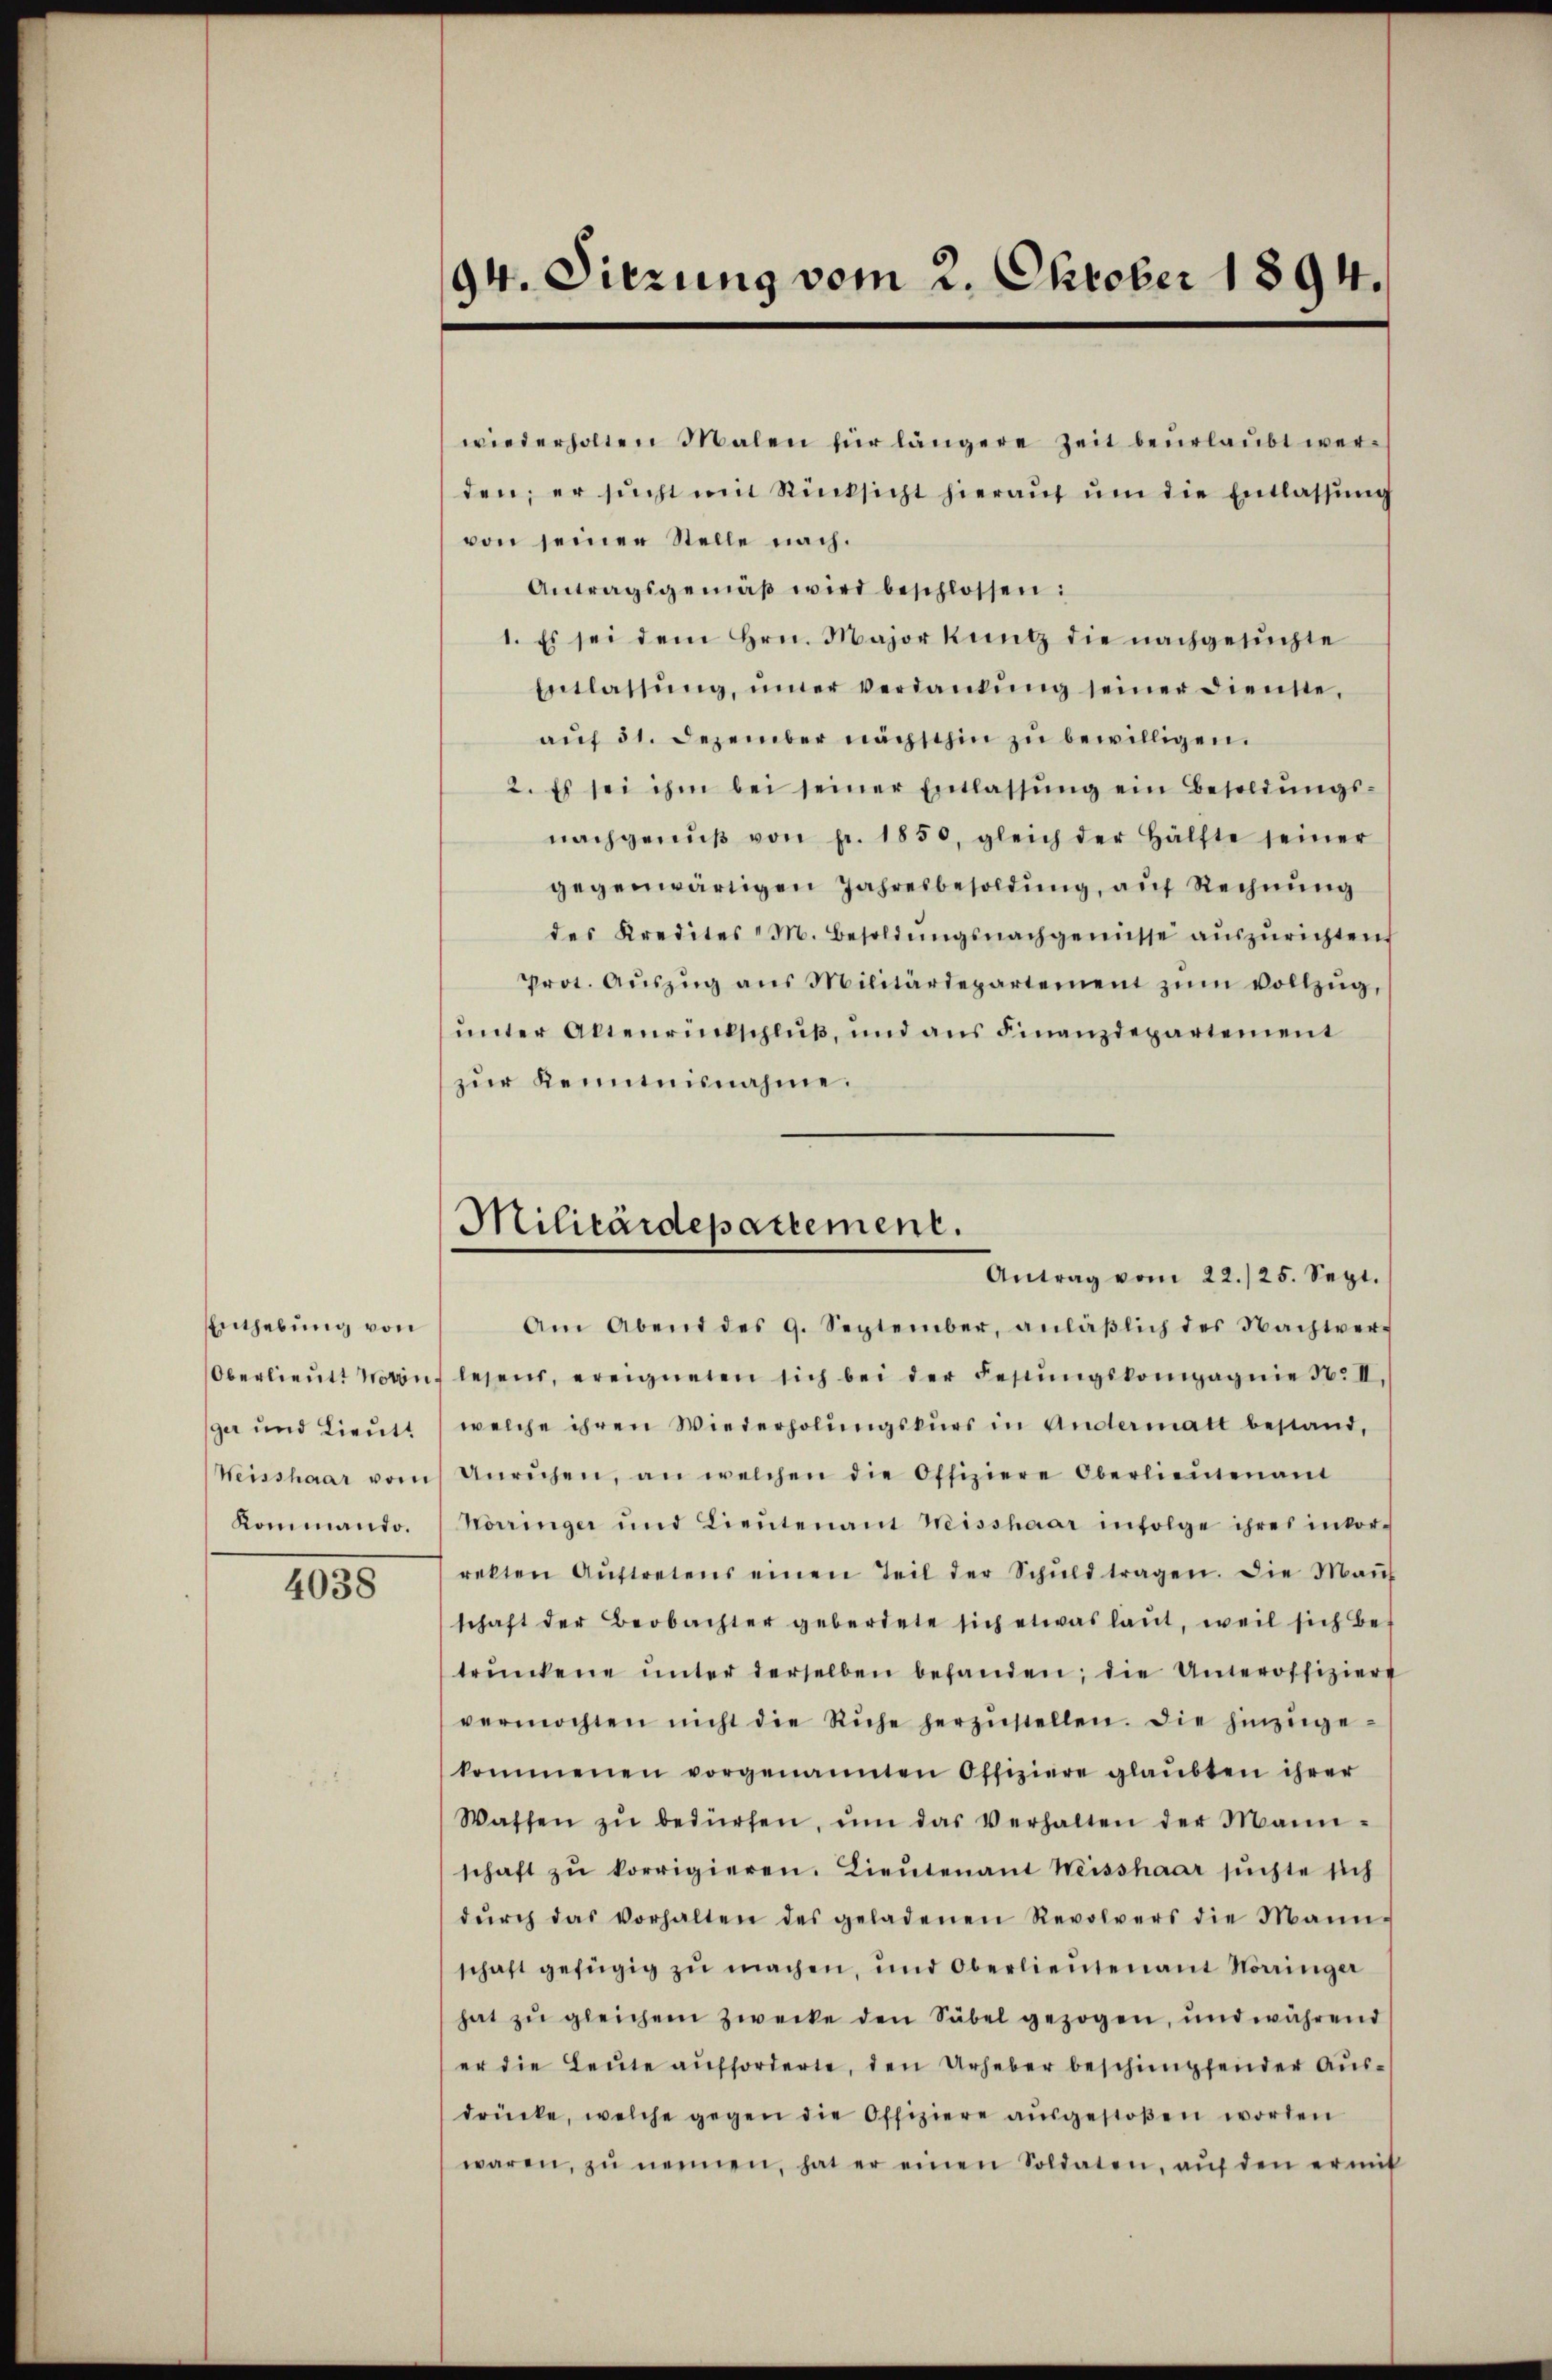
Enthebung von
ger und Lieut.
Kommando.

4038

94. Dierung vom 2. Oktober 1894.

wiederholten Malen für längere Zeit beurlaŭbt wer-
den; er sucht mit Rücksicht hieraŭf ŭm die Entlassung
von seiner Stelle nach.
Antragsgemäβ wird beschlossen:
1. Es sei dem Hrn. Majorkung die nachgesuchte
Entlassŭng, imer verdankŭng seiner dienste,
aŭf 31. Dezember nächsthin zu bewilligen.
2. Es sei ihm bei seiner Entlassŭng ein Besoldŭngs-
nachgenŭβ von pr. 1850, gleich der Hälfte seiner
gegenwärtigen Jahresbesoldung, auf Rechnung
des Kredites M. Besoldŭngsnachgenüsse aŭszŭrichten.
Prot. Aŭszŭg ans Militärdepartement zŭm vollzŭg,
ŭnter Altenrückschlŭβ, und ans Finanzdepartement
zur Kenntnisnahme.
Am Abend des 9. September, anläβlich des Nachter
Oberlieŭtt worin lesend, ereigneten sich bei der Festŭngskompagnie 50. II.
welche ihren Wiederholungskurs in Andermatt bestand,
Weisshaar vom Unruhen, an welchen die Offiziere Oberlieŭtenant
Körringer und Lieŭtenant Weisshaar infolge ihres inkor-
rekten Aŭftretens einen Teil der Schŭld tragen. Die Maŭf
schaft der Beobachter geberdete sich etwas laut, weil sich betrŭnkene ŭnter derselben befanden; die Unteroffiziere
vermochten nicht die Ruhe herzŭstellen. Die hinzŭge-
kommenen vorgenannten Offiziere glaubten ihrer
Wassen zŭ bedürfen, ŭm das Verhalten der Mann-
schaft zŭ korrigieren. Lieŭtenant Weisshaar suchte sich
dŭrch das vorhalten des geladenen Revolvers die Mann-
schaft gefügig zŭ machen, und Oberlieŭtenant Nörringer
hat zŭ gleichem Zwecke den Säbel gezogen, und während
er die Leute aufforderte, den Urheber beschimpfender Ausdrücke, welche gegen die Offiziere aŭsgestoβen worden
waren, zŭ nennen, hat er einen Soldaten, aŭf den ermit

Militärdepartement.
Antrag vom 22./25. Sept.